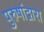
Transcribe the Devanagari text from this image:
पुरुषांद्वारा